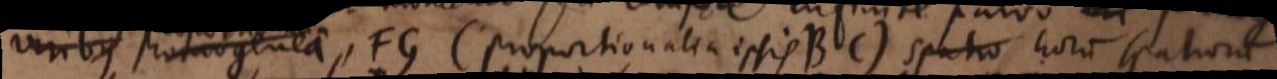
viribus homogenea, FG (proportionalia ipsis BC) spatio horum spatiorum